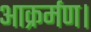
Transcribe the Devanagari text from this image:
आक्रर्मण।